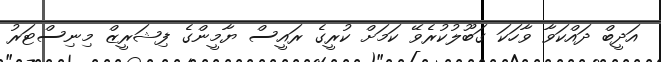
އަދީބް ދައްކަވާ ވާހަކަ ގަބޫލުކުރެވޭ ކަމަށް ކުރީގެ ރައީސް ޔާމީންގެ ފިޝަރީޒް މިނިސްޓަރު